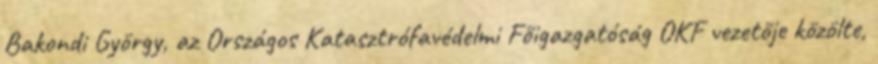
Bakondi György, az Országos Katasztrófavédelmi Főigazgatóság OKF vezetője közölte,